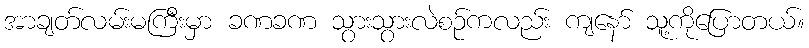
အာချတ်လမ်းမကြီးမှာ ခဏခဏ သွားသွားလဲစဉ်ကလည်း ကျနော် သူ့ကိုပြောတယ်။